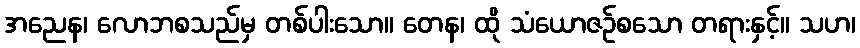
အညေန၊ လောဘစသည်မှ တစ်ပါးသော။ တေန၊ ထို သံယောဇဉ်စသော တရားနှင့်။ သဟ၊